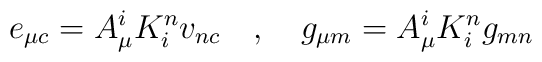
e_{\mu c}=A_{\mu }^{i}K_{i}^{n}v_{n c}\quad ,\quad g_{\mu m}=A_{\mu}^{i}K_{i}^{n}g_{mn}